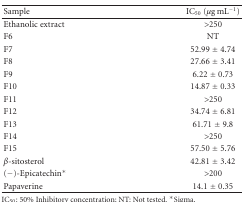
<table><thead><tr><td><b>Sample</b></td><td><b>IC<sub>50</sub> (<i>μ</i>g mL<sup>−1</sup>)</b></td></tr></thead><tbody><tr><td>Ethanolic extract</td><td>&gt;250</td></tr><tr><td>F6</td><td>NT</td></tr><tr><td>F7</td><td>52.99 ± 4.74</td></tr><tr><td>F8</td><td>27.66 ± 3.41</td></tr><tr><td>F9</td><td>6.22 ± 0.73</td></tr><tr><td>F10</td><td>14.87 ± 0.33</td></tr><tr><td>F11</td><td>&gt;250</td></tr><tr><td>F12</td><td>34.74 ± 6.81</td></tr><tr><td>F13</td><td>61.71 ± 9.8</td></tr><tr><td>F14</td><td>&gt;250</td></tr><tr><td>F15</td><td>57.50 ± 5.76</td></tr><tr><td><i>β</i>-sitosterol</td><td>42.81 ± 3.42</td></tr><tr><td>(−)-Epicatechin<sup>∗</sup></td><td>&gt;200</td></tr><tr><td>Papaverine</td><td>14.1 ± 0.35</td></tr></tbody></table>